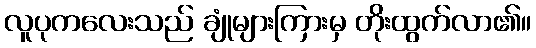
လူပုကလေးသည် ချုံများကြားမှ တိုးထွက်လာ၏။